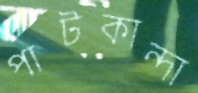
পাটকান্দা